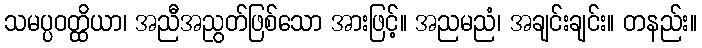
သမပ္ပဝတ္ထိယာ၊ အညီအညွတ်ဖြစ်သော အားဖြင့်။ အညမညံ၊ အချင်းချင်း။ တနည်း။